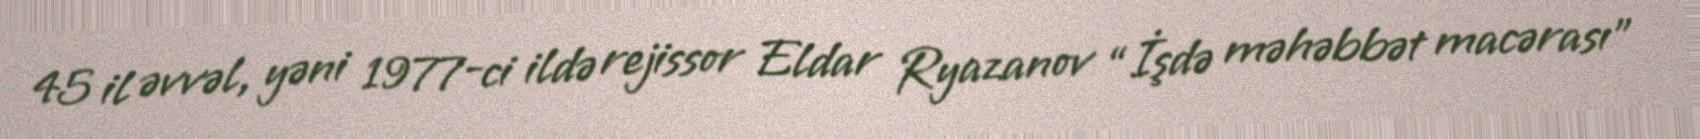
45 il əvvəl, yəni 1977-ci ildə rejissor Eldar Ryazanov “İşdə məhəbbət macərası”